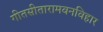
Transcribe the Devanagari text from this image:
गीतसीतारामवनविहार